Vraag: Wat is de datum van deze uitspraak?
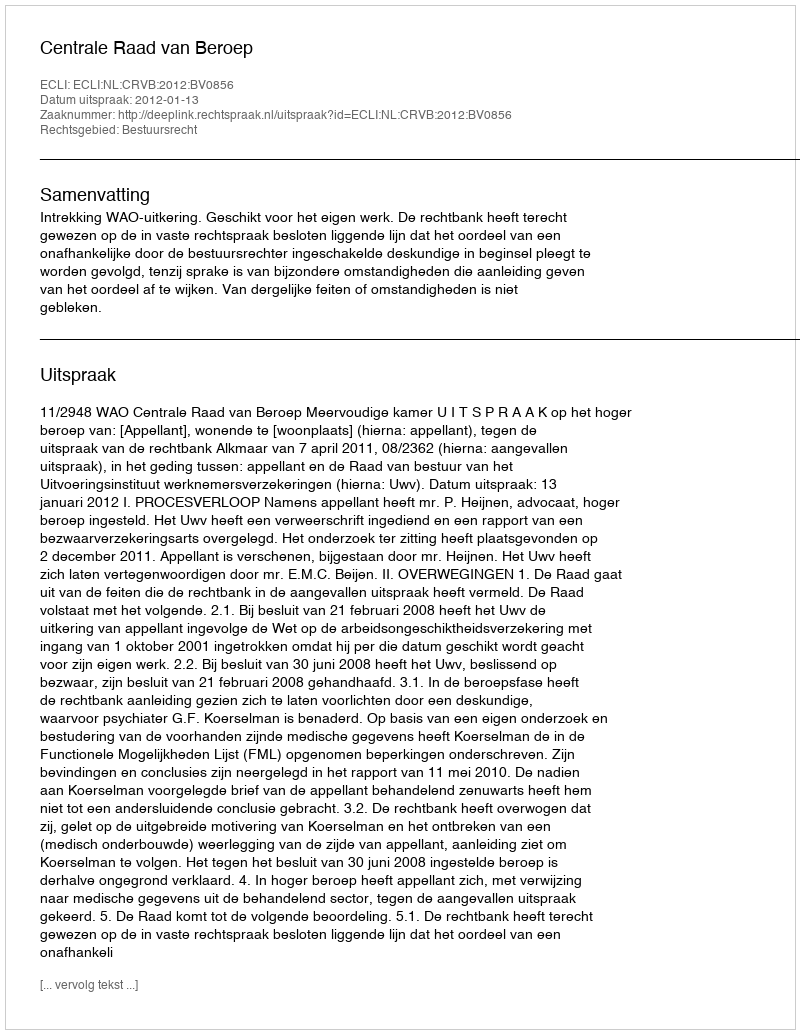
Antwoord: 2012-01-13